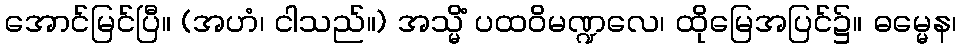
အောင်မြင်ပြီ။ (အဟံ၊ ငါသည်။) အသ္မိံ ပထဝိမဏ္ဍလေ၊ ထိုမြေအပြင်၌။ ဓမ္မေန၊